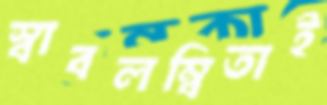
স্বাবলম্বিতাই